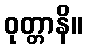
ဝုတ္တာနိ။